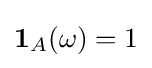
\mathbf {1} _{A}(\omega )=1